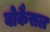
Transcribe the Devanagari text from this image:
बोकैसल